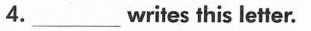
4.___writes this letter.